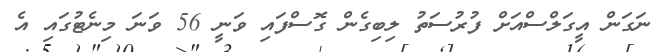
ނަގަން އީގަލްސްއަށް ފުރުސަތު ލިބިގެން ގޮސްފައި ވަނީ 56 ވަނަ މިނެޓުގައި އެ